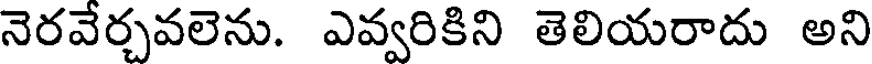
నెరవేర్చవలెను. ఎవ్వరికిని తెలియరాదు అని